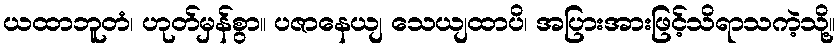
ယထာဘူတံ၊ ဟုတ်မှန်စွာ။ ပဇာနေယျ သေယျထာပိ၊ အပြားအားဖြင့်သိရာသကဲ့သို့။